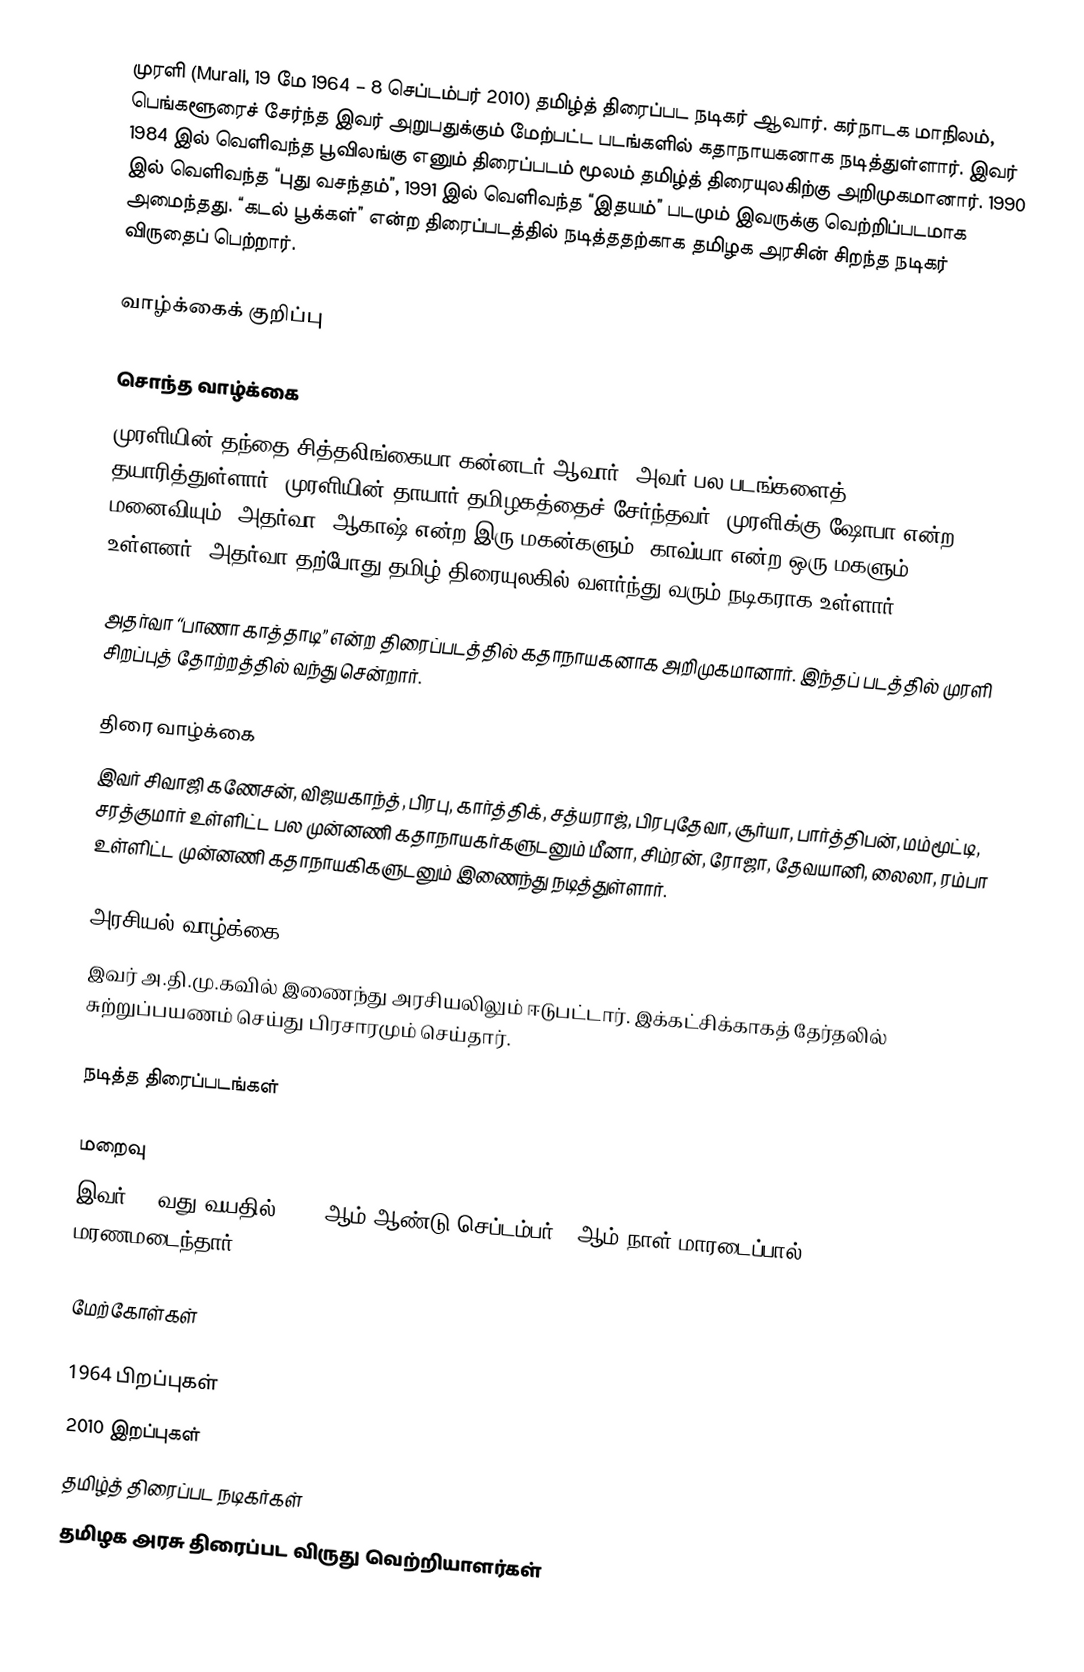
முரளி (Murali, 19 மே 1964 – 8 செப்டம்பர் 2010) தமிழ்த் திரைப்பட நடிகர் ஆவார். கர்நாடக மாநிலம், பெங்களூரைச் சேர்ந்த இவர் அறுபதுக்கும் மேற்பட்ட படங்களில் கதாநாயகனாக நடித்துள்ளார். இவர் 1984 இல் வெளிவந்த பூவிலங்கு எனும் திரைப்படம் மூலம் தமிழ்த் திரையுலகிற்கு அறிமுகமானார். 1990 இல் வெளிவந்த “புது வசந்தம்”,  1991 இல் வெளிவந்த “இதயம்” படமும் இவருக்கு வெற்றிப்படமாக அமைந்தது.  “கடல் பூக்கள்” என்ற திரைப்படத்தில் நடித்ததற்காக தமிழக அரசின் சிறந்த நடிகர் விருதைப் பெற்றார்.

வாழ்க்கைக் குறிப்பு

சொந்த வாழ்க்கை
முரளியின் தந்தை சித்தலிங்கையா கன்னடர் ஆவார். அவர் பல படங்களைத் தயாரித்துள்ளார். முரளியின் தாயார் தமிழகத்தைச் சேர்ந்தவர். முரளிக்கு ஷோபா என்ற மனைவியும், அதர்வா, ஆகாஷ் என்‌ற இரு மகன்களும், காவ்யா என்ற ஒரு மகளும் உள்ளனர். அதர்வா தற்போது தமிழ் திரையுலகில் வளர்ந்து வரும் நடிகராக உள்ளார்.

அதர்வா “பாணா காத்தாடி” என்ற திரைப்படத்தில் கதாநாயகனாக அறிமுகமானார். இந்தப் படத்தில் முரளி சிறப்புத் தோற்றத்தில் வந்து சென்றார்.

திரை வாழ்க்கை
இவர் சிவாஜி கணேசன், விஜயகாந்த், பிரபு, கார்த்திக், சத்யராஜ், பிரபுதேவா, சூர்யா, பார்த்திபன், மம்மூட்டி, சரத்குமார் உள்ளிட்ட பல முன்னணி கதாநாயகர்களுடனும் மீனா, சிம்ரன்,  ரோஜா, தேவயானி, லைலா, ரம்பா  உள்ளிட்ட முன்னணி கதாநாயகிகளுடனும் இணைந்து நடித்துள்ளார்.

அரசியல் வாழ்க்கை
இவர் அ.தி.மு.கவில் இணைந்து அரசியலிலும் ஈடுபட்டார். இக்கட்சிக்காகத் தேர்தலில் சுற்றுப்பயணம் செய்து பிரசாரமும் செய்தார்.

நடித்த திரைப்படங்கள்

மறைவு
இவர் 46 வது வயதில் 2010 ஆம் ஆண்டு செப்டம்பர் 8 ஆம் நாள் மாரடைப்பால் மரணமடைந்தார்.

மேற்கோள்கள்

1964 பிறப்புகள்
2010 இறப்புகள்
தமிழ்த் திரைப்பட நடிகர்கள்
தமிழக அரசு திரைப்பட விருது வெற்றியாளர்கள்